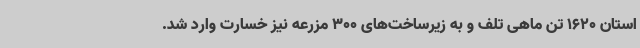
استان 1620 تن ماهی تلف و به زیرساخت‌های 300 مزرعه نیز خسارت وارد شد.